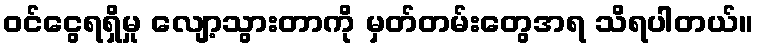
ဝင်ငွေရရှိမှု လျော့သွားတာကို မှတ်တမ်းတွေအရ သိရပါတယ်။